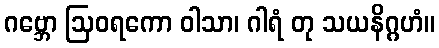
ဂဗ္ဘော ဩဝရကော ဝါသာ၊ ဂါရံ တု သယနိဂ္ဂဟံ။